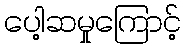
ပေါ့ဆမှုကြောင့်